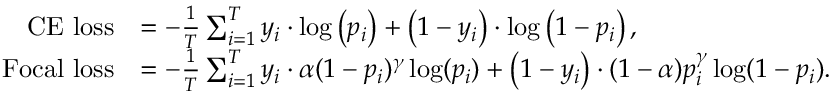
\begin{array} { r l } { \mathrm { C E ~ l o s s } } & { = - \frac { 1 } { T } \sum _ { i = 1 } ^ { T } y _ { i } \cdot \log \left( p _ { i } \right) + \left( 1 - y _ { i } \right) \cdot \log \left( 1 - p _ { i } \right) , } \\ { \mathrm { F o c a l ~ l o s s } } & { = - \frac { 1 } { T } \sum _ { i = 1 } ^ { T } y _ { i } \cdot \alpha ( 1 - p _ { i } ) ^ { \gamma } \log ( p _ { i } ) + \left( 1 - y _ { i } \right) \cdot ( 1 - \alpha ) p _ { i } ^ { \gamma } \log ( 1 - p _ { i } ) . } \end{array}